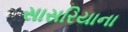
સાસરિયાના